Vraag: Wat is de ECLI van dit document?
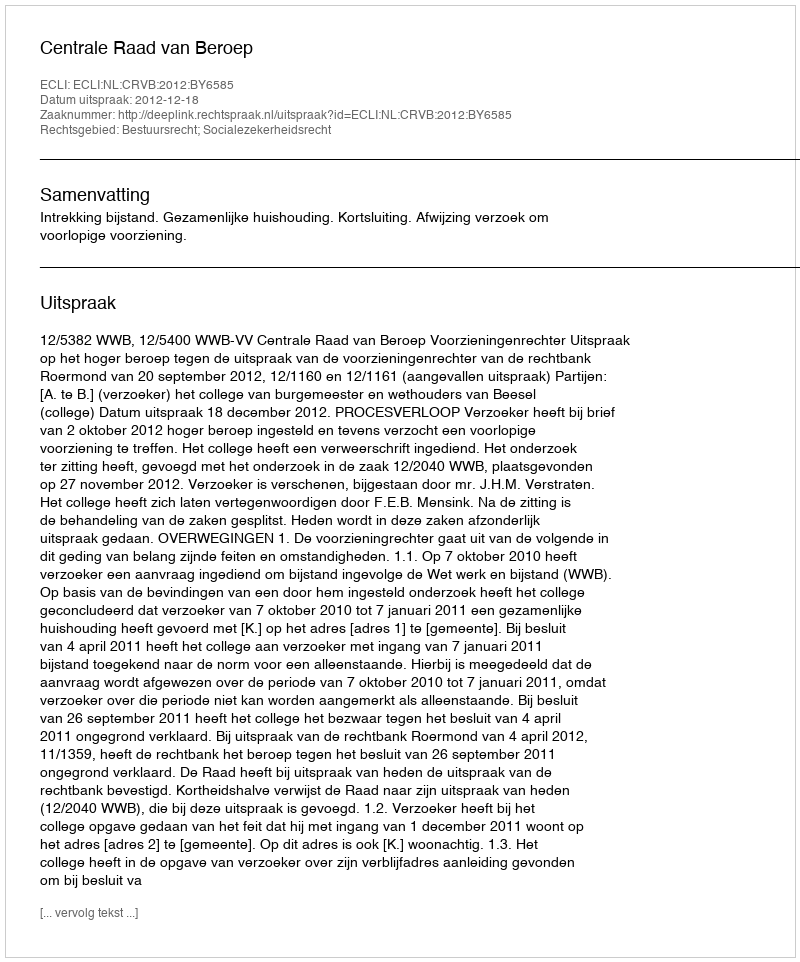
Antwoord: ECLI:NL:CRVB:2012:BY6585